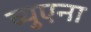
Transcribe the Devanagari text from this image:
ब्युएना